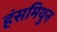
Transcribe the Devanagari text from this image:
हंसमिथुन